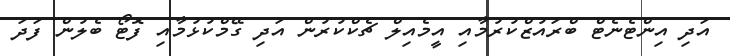
އަދި އިންޓެނެޓް ބްރައުޒްކުރުމާއި އީމެއިލް ޗެކްކުރުން އަދި ގޭމްކުޅުމާއި ފޮޓޯ ބެލުން ފަދަ